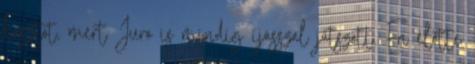
kasztot, mert Juro is mindig íjásszal játszott. Én előtte